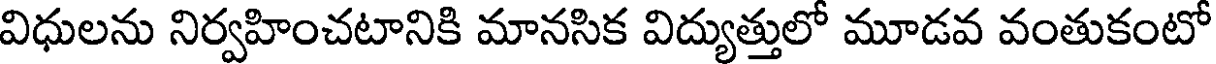
విధులను నిర్వహించటానికి మానసిక విద్యుత్తులో మూడవ వంతుకంటో